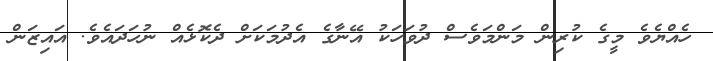
ހެއްޔެވެ މީގެ ކުރިން މަންމަވެސް ދުވަހަކު އޭނާގެ އެދުމަކަށް ދެކޮޅެއް ނުހަދައެވެ. އައިޒަން